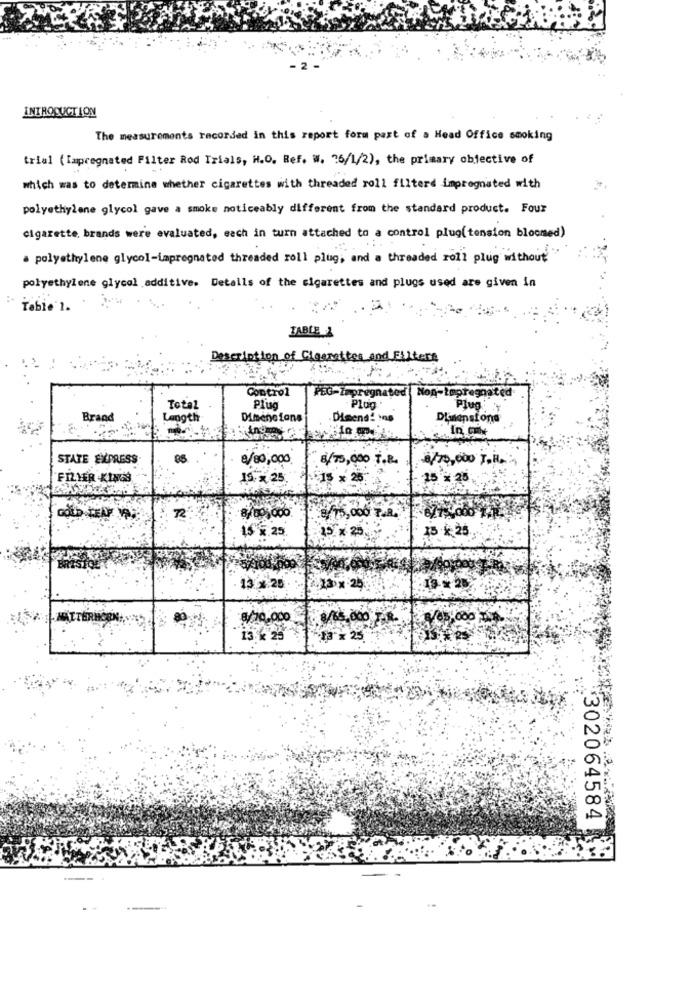
INTRODUCTION
The measurements recorded in this report form part of a Head Office smoking
trial (Impregnated Filter Rod Trials, H.O. Ref. W. 26/1/2), the primary objective of
which was to determine whether cigarettes with threaded roll filterd impregnated with
polyethylene glycol gave a smoke noticeably different from the standard product. Four
cigarette brands were evaluated, each in turn attached to a control plug( tension bloomed)
* polyethylene glycol-impregnated threaded roll plug, and a threaded roll plug without
polyethylene glycol additive. Details of the cigarettes and plugs used are given in
Tabie 1.
FABLE 2
Description of Cigarettes and Filters
Control
PEG-Impregnated Non-Impregnated
Total
Plug
Plug .
Plug
Brand
Length
Dimensions
Dimend! mno
Dienstona
STATE EXPRESS
8/80,000
8/75,000 T.B.
8/75,000 T.H ...
FILMER -KINGS
ISx 25
: 25
15 % 25
.8 75, 000 T.R.
8/00,000
$$ $.25
25 x 25
15 k 25.
13 : 20
13 x 25
TERH
$/10.000
8/65.000 8-
€/05,000
:13 × 25
302064584